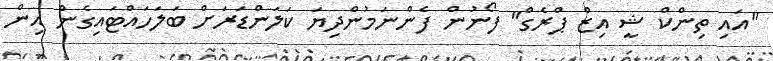
"އައި ތިންކް ޝީ އިޒް ޕްރެގް" ފޯނުން ފެންނަމުންދިޔަ ކަލަންޑަރަށް ބަލަހައްޓައިގެން އިން